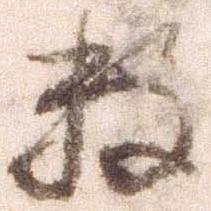
数